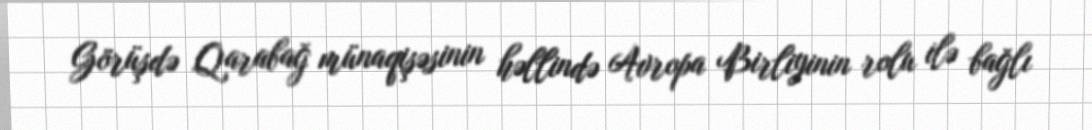
Görüşdə Qarabağ münaqişəsinin həllində Avropa Birliyinin rolu ilə bağlı